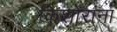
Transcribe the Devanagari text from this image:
किशोरांना